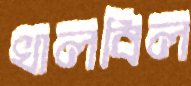
খালবিল